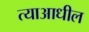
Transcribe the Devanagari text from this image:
त्याआधील